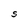
Character: S